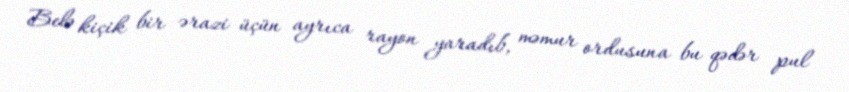
Belə kiçik bir ərazi üçün ayrıca rayon yaradıb, məmur ordusuna bu qədər pul